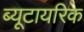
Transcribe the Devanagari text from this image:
ब्यूटायरिक